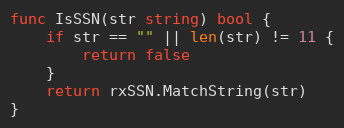
Language: Go
func IsSSN(str string) bool {
	if str == "" || len(str) != 11 {
		return false
	}
	return rxSSN.MatchString(str)
}